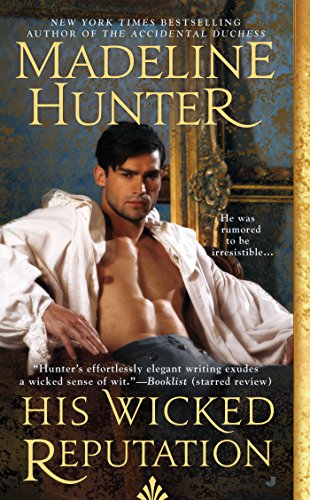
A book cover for His Wicked Reputation: Wicked Trilogy; Madeline Hunter; Romance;